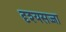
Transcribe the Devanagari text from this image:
दृश्यसज्जा